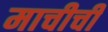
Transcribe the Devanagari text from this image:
माचीची